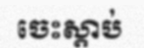
ចេះស្តាប់